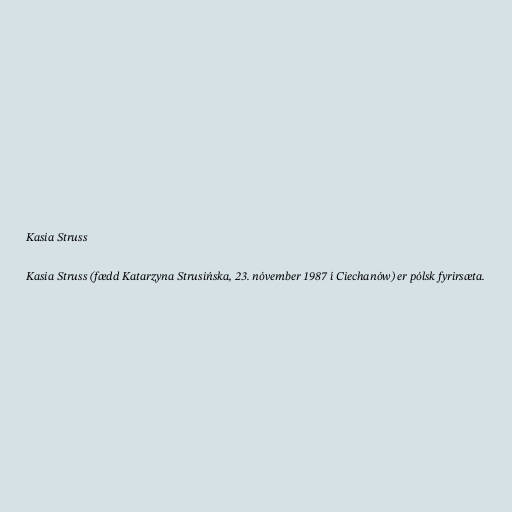
Kasia Struss

Kasia Struss (fædd Katarzyna Strusińska, 23. nóvember 1987 í Ciechanów) er pólsk fyrirsæta.